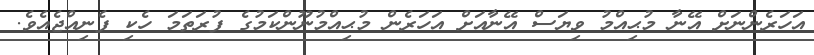
އަހަރެންނަށް އޭނާ މުޙިއްމު ވިޔަސް އޭނާއަށް އަހަރެން މުޙިއްމުނޫންކަމުގެ ފުރަތަމަ ހެކި ފެނިއްޖެއެވެ.